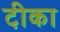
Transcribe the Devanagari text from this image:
टी़का